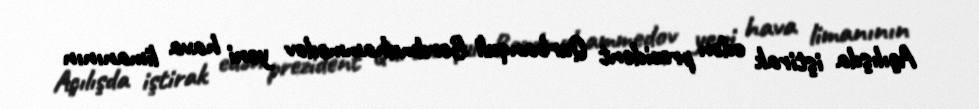
Açılışda iştirak edən prezident Qurbanquli Berdmuhammedov yeni hava limanının